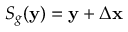
S _ { g } ( \mathbf { y } ) = \mathbf { y } + \Delta \mathbf { x }